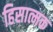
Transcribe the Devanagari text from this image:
हिसात्मक